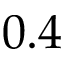
0 . 4